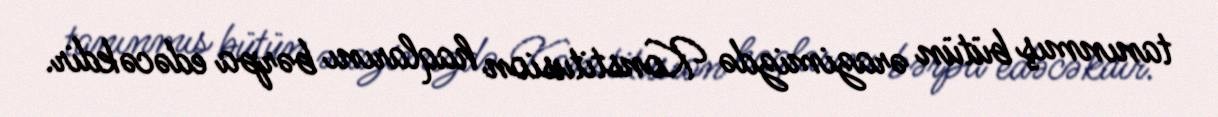
tanınmış bütün ərazimizdə Konstitusion haqlarını bərpa edəcəkdir.